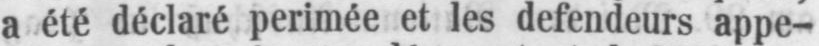
a été déclaré perimée et les defendeurs appe-